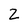
Character: Z